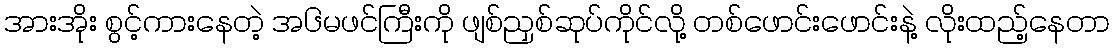
အားအိုး စွင့်ကားနေတဲ့ အ၆မဖင်ကြီးကို ဖျစ်ညှစ်ဆုပ်ကိုင်လို့ တစ်ဖောင်းဖောင်းနဲ့ လိုးထည့်နေတာ